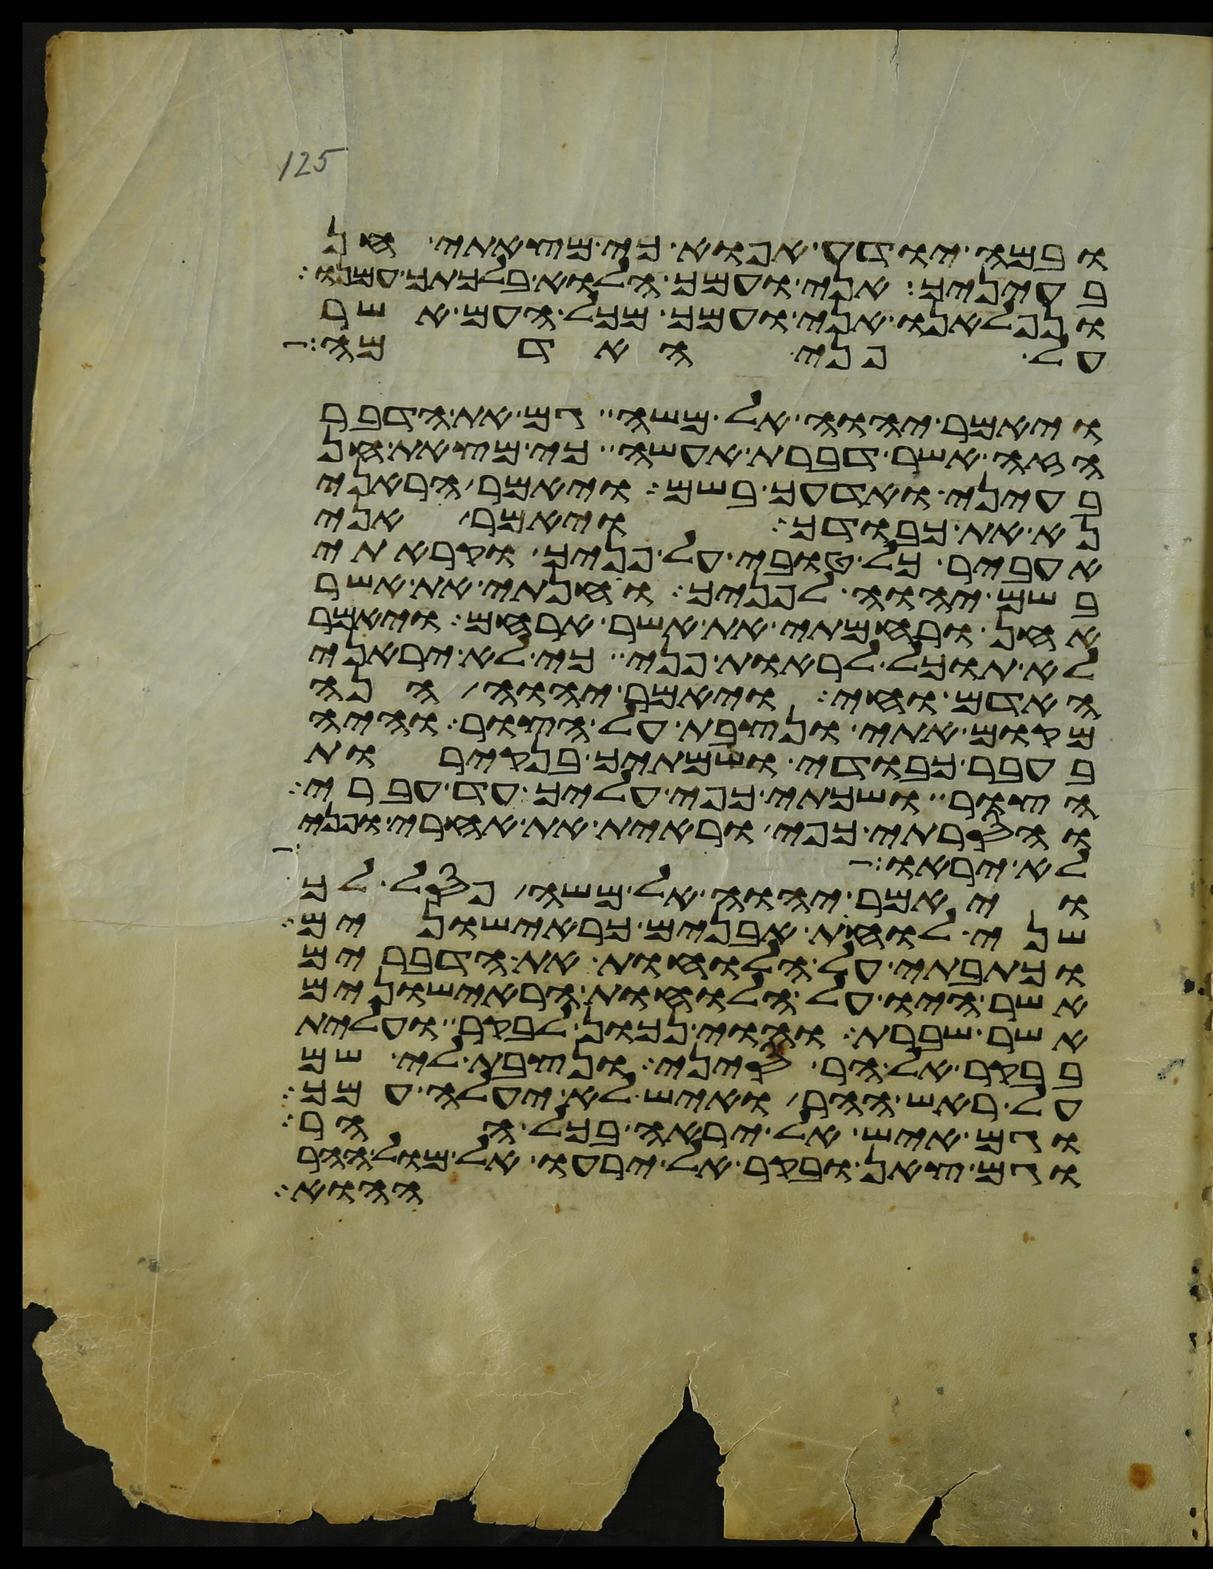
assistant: ובמה יודע אפוא כי מצאתי חן
בעיניך אני ועמך הלוא בלכתך עמנו
ונפלאנו אני ועמך מכל העם אשר
על פני האדמה
ויאמר יהוה אל משה גם את הדבר
הזה אשר דברת אעשה כי מצאת חן
בעיני ואדעך בשם ויאמר הראני
נא את כבודך ויאמר אני
אעביר כל טובי על פניך וקראתי
בשם יהוה לפניך וחנתי את אשר
אחן ורחמתי את אשר ארחם ויאמר
לא תוכל לראות פני כי לא יראני
האדם וחי ויאמר יהוה הנה
מקום אתי ונצבת על הצור והיה
בעבר כבודי ושמתיך בנקירות
הצור ושכתי כפי עליך עד עברי
והסרתי כפי וראית את אחרי ופני
לא יראוה
ויאמר יהוה אל משה פסל לך
שני לוחת אבנים כראישונים
וכתבתי על הלוחות את הדברים
אשר היו על הלוחות הראישונים
אשר שברת והוי נכון לבקר ועלית
בבקר אל הר סיני ונצבת לי שם
על ראש ההר ואיש לא יעלה עמך
וגם איש אל יראה בכל ההר
וגם צאן ובקר אל ירעו אל מול ההר
ההוא